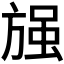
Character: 𭤽